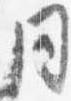
同